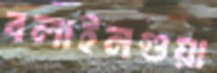
বলাইনগুয়া